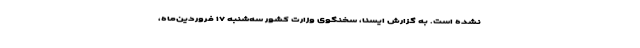
نشده است. به گزارش ایسنا، سخنگوی وزارت کشور سه‌شنبه ۱۷ فروردین‌ماه،